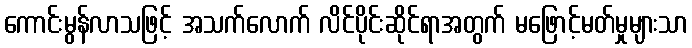
ကောင်းမွန်လာသဖြင့် အသက်လောက် လိင်ပိုင်းဆိုင်ရာအတွက် မဖြောင့်မတ်မှုများသာ